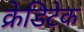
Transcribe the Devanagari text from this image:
क्रेडिटेक